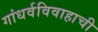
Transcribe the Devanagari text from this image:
गांधर्वविवाहाची